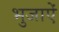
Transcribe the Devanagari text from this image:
भुजाऐं